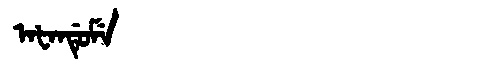
Manchu: ᠠᡶᠠᠨᡩᡠᠮᡝ
Romanization: AFANDUME